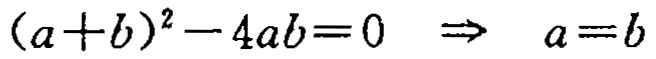
\((a + b)^2 - 4ab = 0 \Rightarrow a = b\)